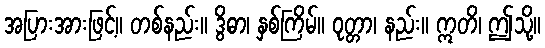
အပြားအားဖြင့်။ တစ်နည်း။ ဒွိဓာ၊ နှစ်ကြိမ်။ ဝုတ္တာ၊ နည်း။ ဣတိ၊ ဤသို့။